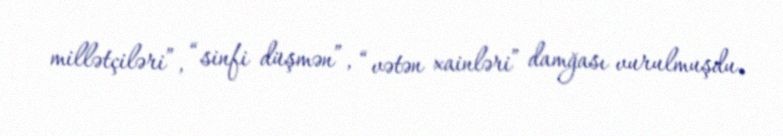
millətçiləri”, “sinfi düşmən”, “vətən xainləri” damğası vurulmuşdu.